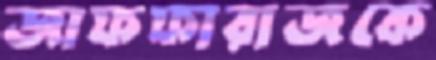
জাফফারাজকে